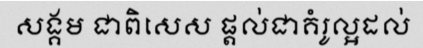
សង្គម ជាពិសេស ផ្តល់ជាគំរូល្អដល់